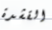
القشدة